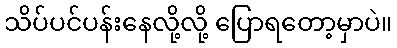
သိပ်ပင်ပန်းနေလို့လို့ ပြောရတော့မှာပဲ။